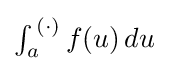
{\textstyle \int _{a}^{\,(\cdot )}f(u)\,du}